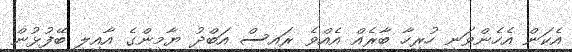
އެކަން އެހެންވަނީ ހުރިހާ ބާރެއް އެއްވެ ރައީސް އަބްދު ޔާމީންގެ އާއިލީ ބޭފުޅުން